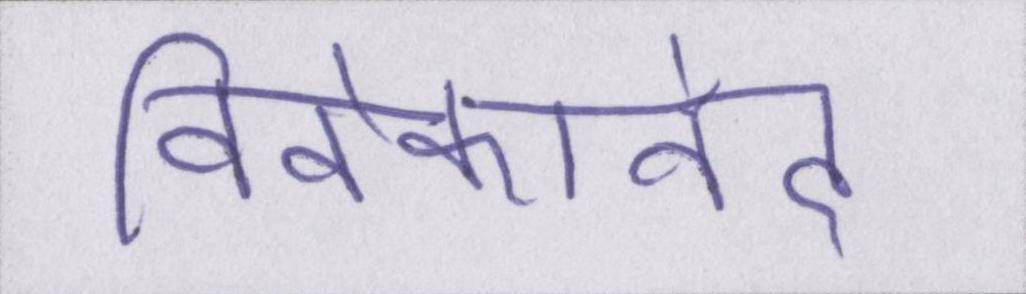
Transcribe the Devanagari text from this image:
विवेकानंद